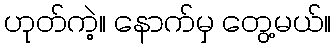
ဟုတ်ကဲ့။ နောက်မှ တွေ့မယ်။